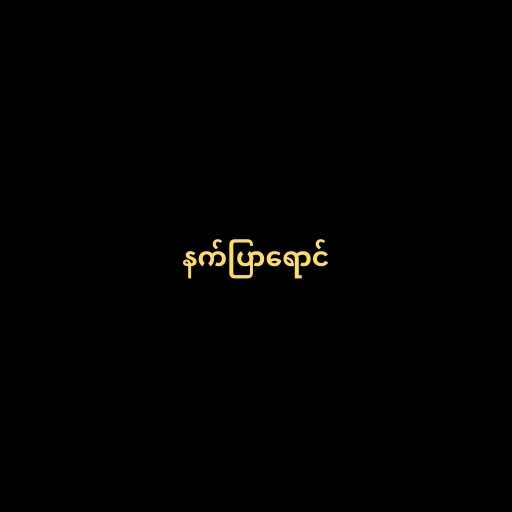
နက်ပြာရောင်